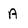
Character: A